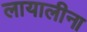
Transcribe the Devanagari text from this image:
लायालीना